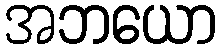
အဘယော